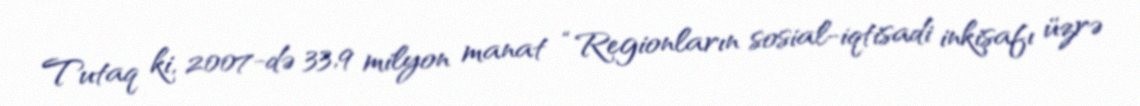
Tutaq ki, 2007-də 33,9 milyon manat “Regionların sosial-iqtisadi inkişafı üzrə